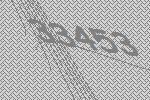
33453